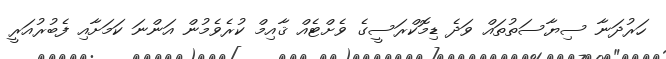
ހަރުދަނާ ސިޔާސަތުތައް ވަދެ ޑިމޮކްރަސީގެ ވެށްޓެއް ޤާއިމް ކުރެވެމުން އަންނަ ކަމަށާއި ފެބުރުއަރީ